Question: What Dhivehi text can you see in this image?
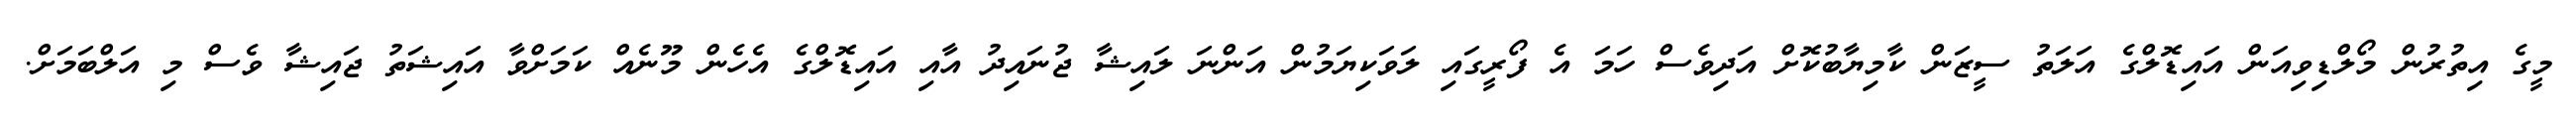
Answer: މީގެ އިތުރުން މޯލްޑިވިއަން އައިޑޮލްގެ އަލަތު ސީޒަން ކާމިޔާބުކޮށް އަދިވެސް ހަމަ އެ ފޯރީގައި ލަވަކިޔަމުން އަންނަ ލައިޝާ ޖުނައިދު އާއި އައިޑޮލްގެ އެހެން މޫނެއް ކަމަށްވާ އައިޝަތު ޖައިޝާ ވެސް މި އަލްބަމަށް.